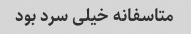
متاسفانه خیلی سرد بود